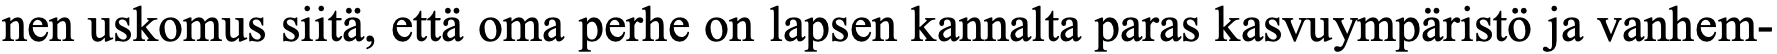
nen uskomus siitä, että oma perhe on lapsen kannalta paras kasvuympäristö ja vanhem-